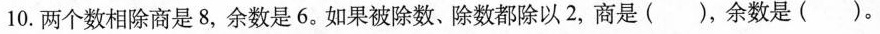
10. 两个数相除商是8，余数是6。如果被除数、除数都除以2，商是()，余数是()。